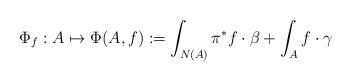
LaTeX: \begin{align*}\Phi_f:A \mapsto \Phi(A,f):= \int_{N(A)}\pi^* f \cdot\beta + \int_{A}f \cdot\gamma\end{align*}